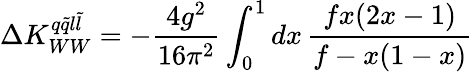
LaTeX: \Delta K_{WW}^{q\tilde{q}l\tilde{l}}=-\frac{4g^{2}}{16\pi^{2}}\int_{0}^{1}dx\, \frac{fx(2x-1)}{f-x(1-x)}